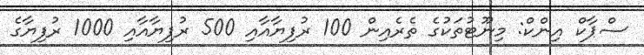
ސްޕާކް އިންކް: މިނޫޓުތަކުގެ ތެރެއިން 100 ރުފިޔާއާއި 500 ރުފިޔާއާއި 1000 ރުފިޔާގެ